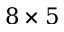
8 \times 5